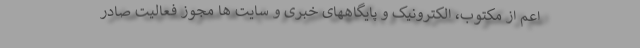
اعم از مکتوب، الکترونیک و پایگاههای خبری و سایت ها مجوز فعالیت صادر